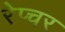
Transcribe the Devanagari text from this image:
रेप्चर